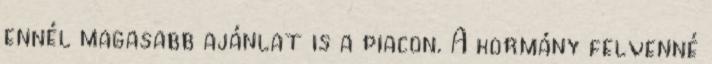
ennél magasabb ajánlat is a piacon. A kormány felvenné